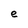
Character: e